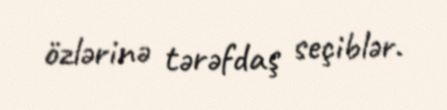
özlərinə tərəfdaş seçiblər.